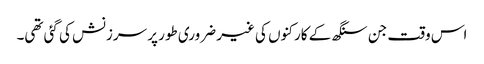
اس وقت جن سنگھ کے کارکنوں کی غیر ضروری طور پر سرزنش کی گئی تھی۔